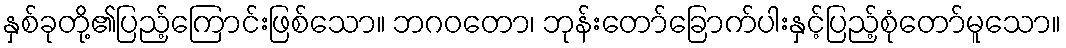
နှစ်ခုတို့၏ပြည့်ကြောင်းဖြစ်သော။ ဘဂဝတော၊ ဘုန်းတော်ခြောက်ပါးနှင့်ပြည့်စုံတော်မူသော။